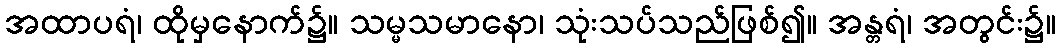
အထာပရံ၊ ထိုမှနောက်၌။ သမ္မသမာနော၊ သုံးသပ်သည်ဖြစ်၍။ အန္တရံ၊ အတွင်း၌။